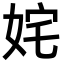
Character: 姹